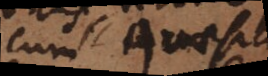
cum quaesita